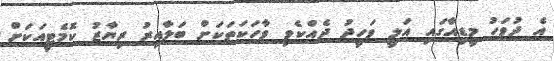
އެ ދުވަހު މީޑިއާގައި އަލީ ވަހީދު ދެއްކެވި ވާހަކަތަކަށް ބަލާއިރު ރިޔާޒު ކޮމެޓީއަކަށް